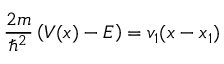
{ \frac { 2 m } { \hbar ^ { 2 } } } \left( V ( x ) - E \right) = v _ { 1 } ( x - x _ { 1 } )